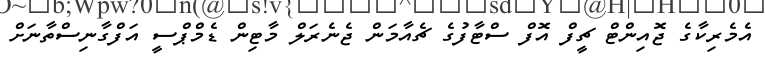
އެމެރިކާގެ ޖޮއިންޓް ޗީފް އޮފް ސްޓާފުގެ ޗެއާމަން ޖެނެރަލް މާޓިން ޑެމްޕްސީ އަފްގާނިސްތާނަށް